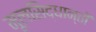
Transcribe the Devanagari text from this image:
मूलसिद्धान्‍तों